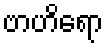
ဗာဟိရော